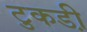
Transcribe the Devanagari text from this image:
टुकडी़